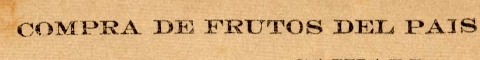
COMPRA DE FRUTOS DEL PAIS